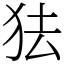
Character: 㹤